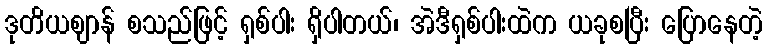
ဒုတိယဈာန် စသည်ဖြင့် ရှစ်ပါး ရှိပါတယ်၊ အဲဒီရှစ်ပါးထဲက ယခုစပြီး ပြောနေတဲ့